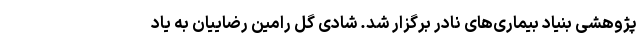
پژوهشی بنیاد بیماری‌های نادر برگزار شد. شادی گل رامین رضاییان به یاد